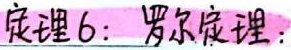
定理6：罗尔定理：